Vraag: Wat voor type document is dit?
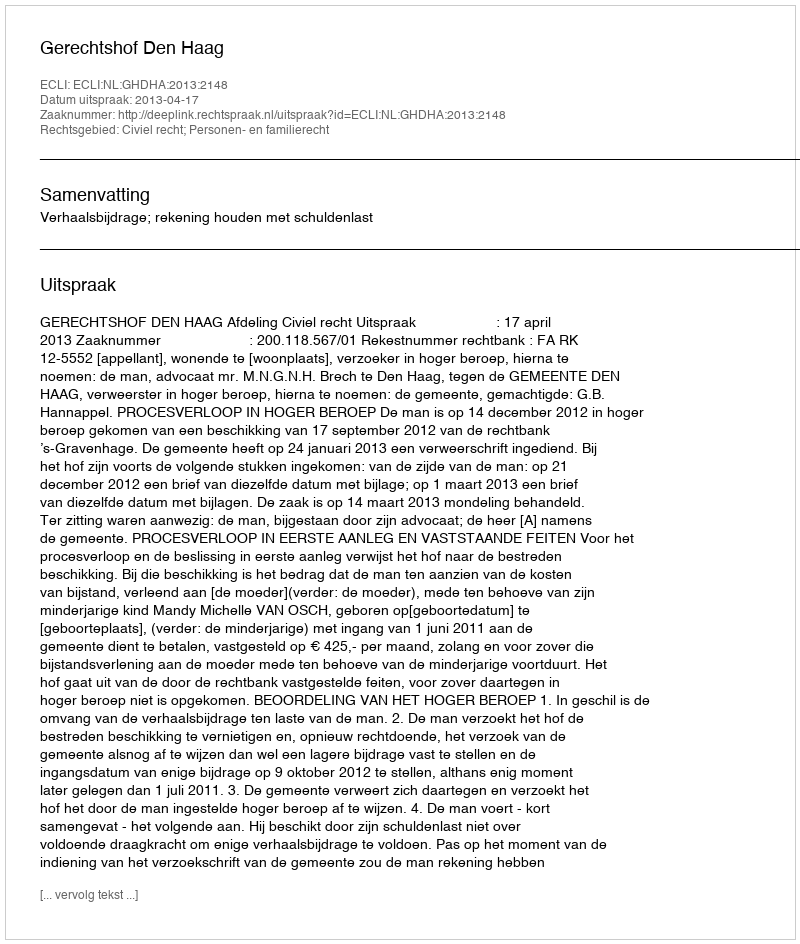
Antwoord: Uitspraak